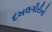
દખલગીરીનો